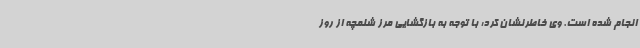
انجام شده است. وی خاطرنشان کرد: با توجه به بازگشایی مرز شلمچه از روز